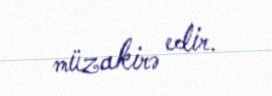
müzakirə edir.